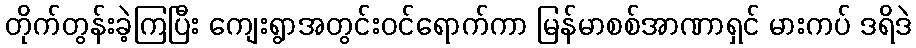
တိုက်တွန်းခဲ့ကြပြီး ကျေးရွာအတွင်းဝင်ရောက်ကာ မြန်မာစစ်အာဏာရှင် မားကပ် ဒရိဒဲ